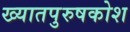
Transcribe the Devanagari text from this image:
ख्यातपुरुषकोश